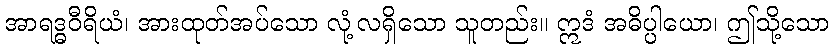
အာရဒ္ဓဝီရိယံ၊ အားထုတ်အပ်သော လုံ့လရှိသော သူတည်း။ ဣဒံ အဓိပ္ပါယော၊ ဤသို့သော